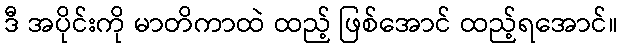
ဒီ အပိုင်းကို မာတိကာထဲ ထည့် ဖြစ်အောင် ထည့်ရအောင်။